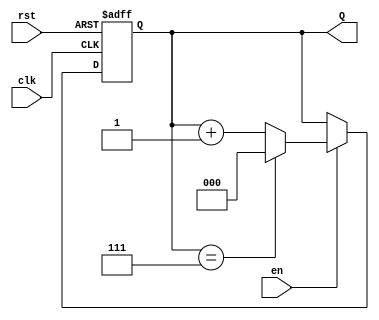
module binary_up_counter (
    input wire clk,        // Clock signal
    input wire rst,       // Asynchronous reset signal
    input wire en,        // Enable signal
    output reg [2:0] Q    // 3-bit binary output
);

    // Always block triggered on the rising edge of the clock or reset
    always @(posedge clk or posedge rst) begin
        if (rst) begin
            // Asynchronous reset: set count to 0
            Q <= 3'b000;
        end else if (en) begin
            // Counting operation: increment the count
            if (Q == 3'b111) begin
                Q <= 3'b000; // Wrap around when max value is reached
            end else begin
                Q <= Q + 1; // Increment count
            end
        end
        // If enable is low, the count retains its current value
    end

endmodule